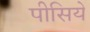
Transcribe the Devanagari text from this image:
पीसिये